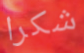
شكرا